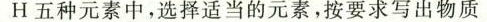
H五种元素中，选择适当的元素，按要求写出物质